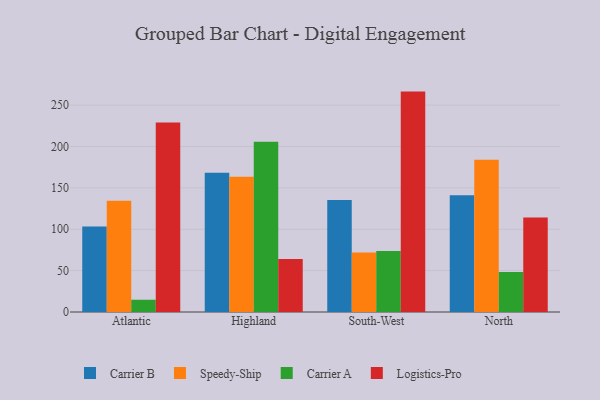
{"axis": {"x": "Region", "y": "Temperature (°C)"}, "legend": ["Carrier A", "Carrier B", "Logistics-Pro", "Speedy-Ship"], "data": [{"x": "Atlantic", "y": 103.4, "type": "Carrier B"}, {"x": "Atlantic", "y": 134.4, "type": "Speedy-Ship"}, {"x": "Atlantic", "y": 14.8, "type": "Carrier A"}, {"x": "Atlantic", "y": 228.9, "type": "Logistics-Pro"}, {"x": "Highland", "y": 168.3, "type": "Carrier B"}, {"x": "Highland", "y": 163.4, "type": "Speedy-Ship"}, {"x": "Highland", "y": 205.8, "type": "Carrier A"}, {"x": "Highland", "y": 63.9, "type": "Logistics-Pro"}, {"x": "South-West", "y": 135.3, "type": "Carrier B"}, {"x": "South-West", "y": 71.9, "type": "Speedy-Ship"}, {"x": "South-West", "y": 73.7, "type": "Carrier A"}, {"x": "South-West", "y": 266.3, "type": "Logistics-Pro"}, {"x": "North", "y": 141.1, "type": "Carrier B"}, {"x": "North", "y": 184.1, "type": "Speedy-Ship"}, {"x": "North", "y": 48.4, "type": "Carrier A"}, {"x": "North", "y": 114.3, "type": "Logistics-Pro"}]}